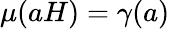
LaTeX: \mu(aH)=\gamma(a)